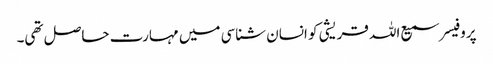
پروفیسر سمیع اللہ قریشی کو انسان شناسی میں مہارت حاصل تھی۔